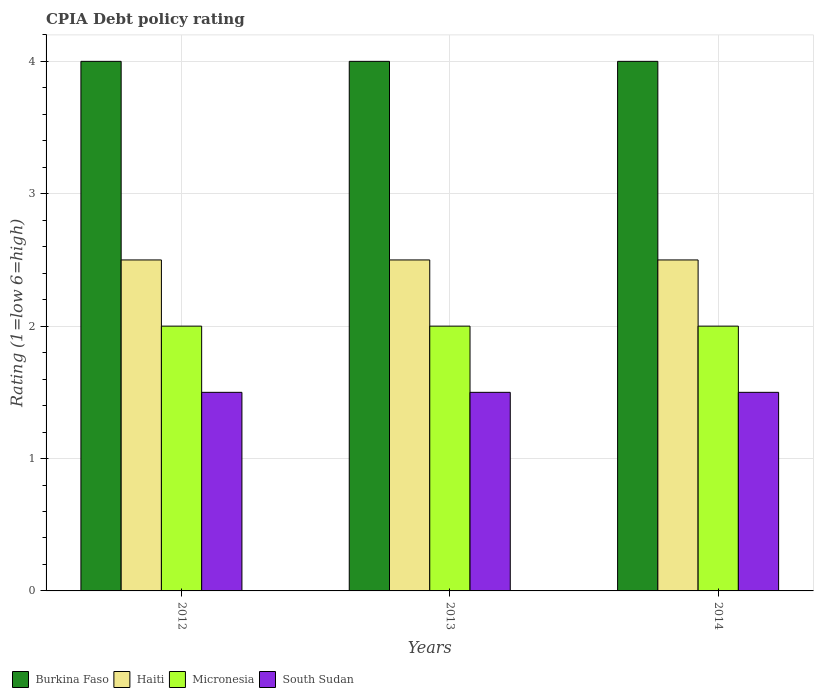
| Years | Burkina Faso | Haiti | Micronesia | South Sudan |
 | --- | --- | --- | --- | --- |
 | 2012 | 4 | 2.5 | 2 | 1.5 |
 | 2013 | 4 | 2.5 | 2 | 1.5 |
 | 2014 | 4 | 2.5 | 2 | 1.5 |